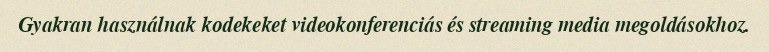
Gyakran használnak kodekeket videokonferenciás és streaming media megoldásokhoz.